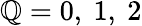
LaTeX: \mathbb{Q}=0,\ 1,\ 2